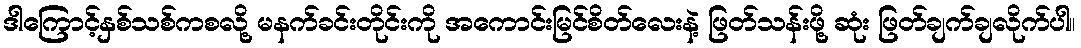
ဒါကြောင့်နှစ်သစ်ကစလို့ မနက်ခင်းတိုင်းကို အကောင်းမြင်စိတ်လေးနဲ့ ဖြတ်သန်းဖို့ ဆုံး ဖြတ်ချက်ချလိုက်ပါ။